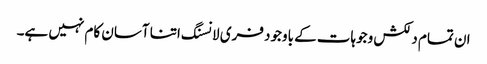
ان تمام دلکش وجوہات کے باوجود فری لانسنگ اتنا آسان کام نہیں ہے۔